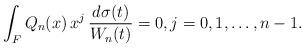
LaTeX: \begin{align*}\int_F Q_n(x)\, x^j \,\frac {d\sigma(t)}{W_n(t)} = 0 , j = 0,1, \dots, n-1.\end{align*}